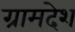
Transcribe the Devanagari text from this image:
ग्रामदेश